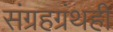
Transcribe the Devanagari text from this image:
संग्रहग्रंथही